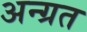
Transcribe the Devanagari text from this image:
अन्ग्रत